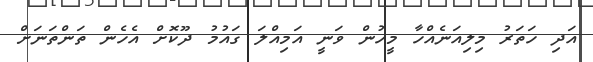
އަދި ހަތަރު މިލިއަނެއްހާ މީހުން ވަނީ އަމިއްލަ ގައުމު ދޫކޮށް އެހެން ތަންތަނަށް